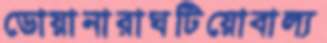
ডোয়ানারাঘটিয়োবাল্য